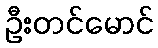
ဦးတင်မောင်